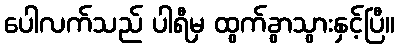
ပေါလက်သည် ပါရီမှ ထွက်ခွာသွားနှင့်ပြီ။